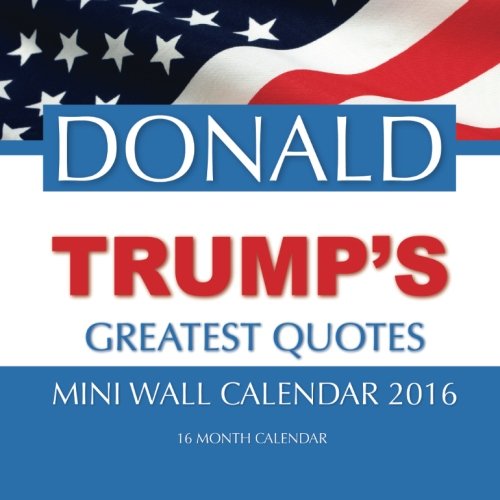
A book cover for DONALD TRUMP'S GREATEST QUOTES Mini Wall Calendar 2016: 16 Month Calendar; Jack Smith; Calendars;